Problem: 9 × 8 = ?
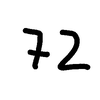
Handwritten answer: 72